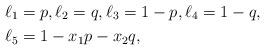
LaTeX: \begin{align*}& \ell_1=p,\ell_2=q,\ell_3=1-p,\ell_4=1-q, \\&\ell_5=1-x_1p-x_2q,\end{align*}